Annual report of the Punjab Veterinary College and of the Civil Veterinary Department, Punjab - 1894-1908
Year: 1894
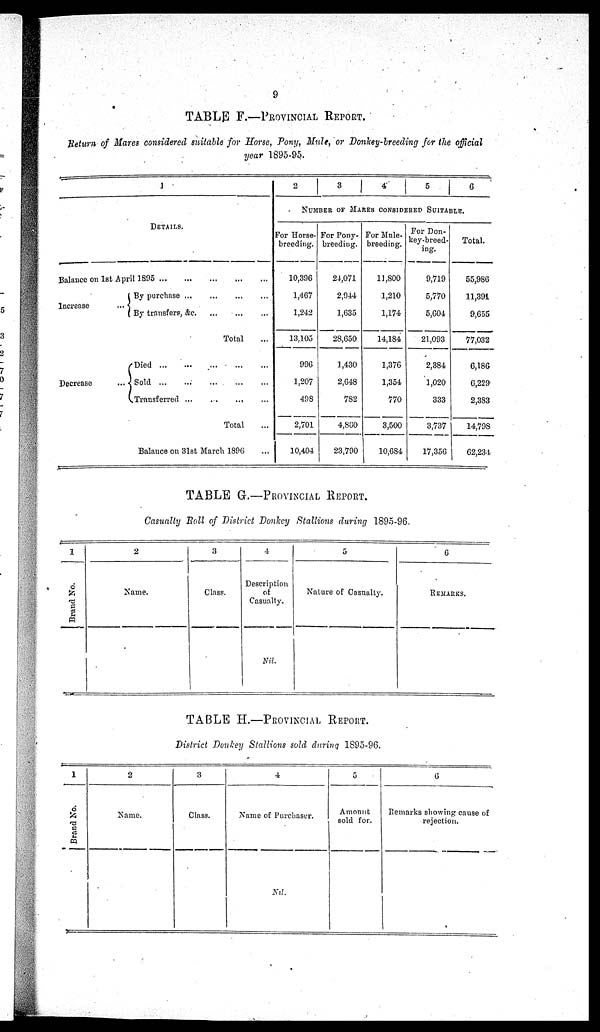
9
TABLE F.—PROVINCIAL REPORT.
Return of Mares considered suitable for Horse, Pony, Mule, or Donkey-breeding for the official
year 1895-95.
1
DETAILS.
Balance on 1st April 1895
...
...
...
...
Increase
...
Decrease
...
By purchase
...
...
...
By transfers, &c. ... ...
Total
Died ... ... ... ...
Sold
...
...
...
...
Transferred ... ... ...
Total
Balance on 31st March 1896 ...
2
3
4
5
6
NUMBER OF MARES CONSIDERED SUITABLE.
For Horse-
breeding.
10,396
1,467
1,242
13,105
996
1,207
498
2,701
10,404
For Pony-
breeding.
24,071
2,944
1,635
28,650
1,430
2,648
782
4,860
23,790
For Mile-
breeding.
11,800
1,210
1,174
14,184
1,376
1,354
770
3,500
10,684
For Don-
key-breed-
ing.
9,719
5,770
5,604
21,093
2,384
1,020
333
3,737
17,356
Total.
55,986
11,391
9,655
77,032
6,186
6,229
2,383
14,798
62,234
TABLE G.—PROVINCIAL REPORT.
Casualty Roll of District Donkey Stallions during 1895-96.
1
Brand No.
2
Name.
3
Class.
4
Description
of
Casualty.
Nil.
5
Nature of Casualty.
6
REMARKS.
TABLE H.—PROVINCIAL REPORT.
District Donkey Stallions sold during 1895-96.
1
Brand No.
2
Name.
3
Class.
4
Name of Purchaser.
Nil.
5
Amount
sold for.
6
Remarks showing cause of
rejection.